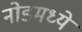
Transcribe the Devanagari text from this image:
नोडमध्ये